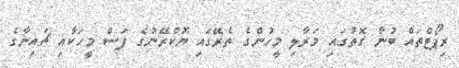
ރިޕޯޓްތައް ބުނާ ގޮތުގައި މަރާލި މީހުންގެ ތެރޭގައި ޔޫކްރޭނުގެ ފަސް މީހަކާއި ޗައިނާގެ